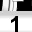
Digit: 1